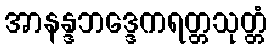
အာနန္ဒဘဒ္ဒေကရတ္တသုတ္တံ